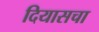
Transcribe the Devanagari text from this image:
दियासचा